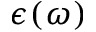
\epsilon ( \omega )